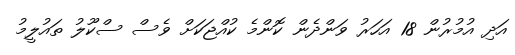
އަދި އުމުރުން 18 އަހަރު ވަންދެން ކޮންމެ ކުއްޖަކަށް ވެސް ސްކޫލު ތައުލީމު